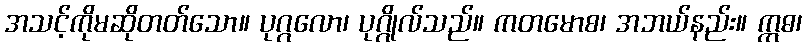
အသင့်ကိုမဆိုတတ်သော။ ပုဂ္ဂလော၊ ပုဂ္ဂိုလ်သည်။ ကတမောစ၊ အဘယ်နည်း။ ဣဓ၊